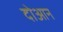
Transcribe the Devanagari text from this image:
दोआन